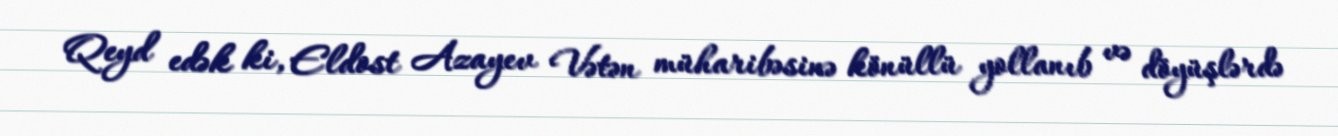
Qeyd edək ki, Eldost Azayev Vətən müharibəsinə könüllü yollanıb və döyüşlərdə